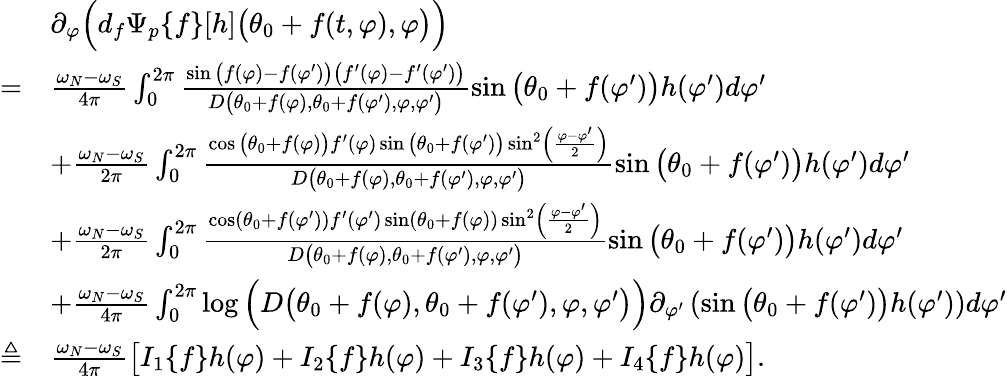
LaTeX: \begin{array}{rl}&{\partial_{\varphi}\Big(d_{f}\Psi_{p}\{ f\} [h]\big(\theta_{0}+f(t,\varphi),\varphi\big)\Big)}\\ {=}&{\frac{\omega_{N}-\omega_{S}}{4\pi}\int_{0}^{2\pi}\frac{\sin\big(f(\varphi)-f(\varphi^{\prime})\big)\big(f^{\prime}(\varphi)-f^{\prime}(\varphi^{\prime})\big)}{D\big(\theta_{0}+f(\varphi),\theta_{0}+f(\varphi^{\prime}),\varphi,\varphi^{\prime}\big)}\sin\big(\theta_{0}+f(\varphi^{\prime})\big)h(\varphi^{\prime})d\varphi^{\prime}}\\ &{+\frac{\omega_{N}-\omega_{S}}{2\pi}\int_{0}^{2\pi}\frac{\cos\big(\theta_{0}+f(\varphi)\big)f^{\prime}(\varphi)\sin\big(\theta_{0}+f(\varphi^{\prime})\big)\sin^{2}\left(\frac{\varphi-\varphi^{\prime}}{2}\right)}{D\big(\theta_{0}+f(\varphi),\theta_{0}+f(\varphi^{\prime}),\varphi,\varphi^{\prime}\big)}\sin\big(\theta_{0}+f(\varphi^{\prime})\big)h(\varphi^{\prime})d\varphi^{\prime}}\\ &{+\frac{\omega_{N}-\omega_{S}}{2\pi}\int_{0}^{2\pi}\frac{\cos(\theta_{0}+f(\varphi^{\prime}))f^{\prime}(\varphi^{\prime})\sin(\theta_{0}+f(\varphi))\sin^{2}\left(\frac{\varphi-\varphi^{\prime}}{2}\right)}{D\big(\theta_{0}+f(\varphi),\theta_{0}+f(\varphi^{\prime}),\varphi,\varphi^{\prime}\big)}\sin\big(\theta_{0}+f(\varphi^{\prime})\big)h(\varphi^{\prime})d\varphi^{\prime}}\\ &{+\frac{\omega_{N}-\omega_{S}}{4\pi}\int_{0}^{2\pi}\log\Big(D\big(\theta_{0}+f(\varphi),\theta_{0}+f(\varphi^{\prime}),\varphi,\varphi^{\prime}\big)\Big)\partial_{\varphi^{\prime}}\left(\sin\big(\theta_{0}+f(\varphi^{\prime})\big)h(\varphi^{\prime})\right)d\varphi^{\prime}}\\ {\triangleq}&{\frac{\omega_{N}-\omega_{S}}{4\pi}\big[I_{1}\{ f\} h(\varphi)+I_{2}\{ f\} h(\varphi)+I_{3}\{ f\} h(\varphi)+I_{4}\{ f\} h(\varphi)\big].}\end{array}